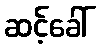
ဆင့်ခေါ်